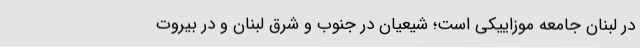
در لبنان جامعه موزاییکی است؛ شیعیان در جنوب و ‌شرق لبنان و در بیروت